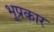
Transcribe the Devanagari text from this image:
भूप्रकार